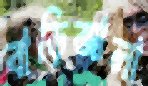
বাড়িআলা